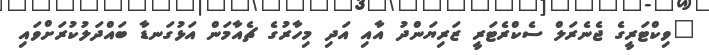
"ވިކްޓަރީގެ ޖެނެރަލް ސެކްރެޓަރީ ޒަރިޔަންދު އާއި އަދި މިހާރުގެ ޗެއާމަން އަޅުގަނޑާ ބައްދަލުކުރަށްވައި